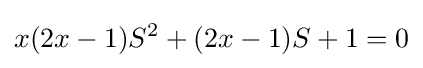
x(2x-1)S^{2}+(2x-1)S+1=0